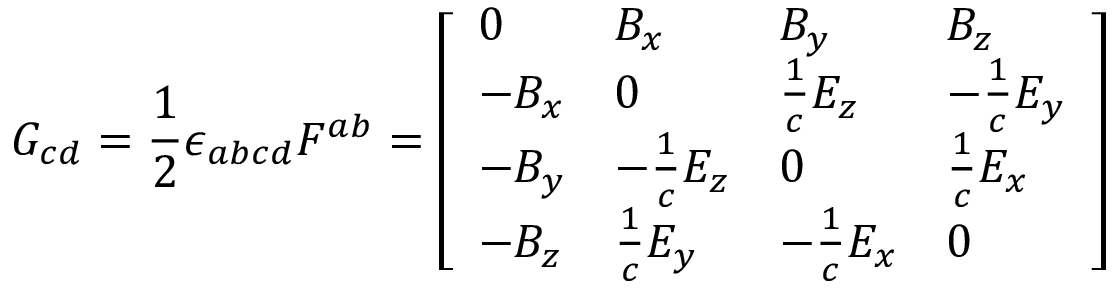
G _ { c d } = { \frac { 1 } { 2 } } \epsilon _ { a b c d } F ^ { a b } = { \left[ \begin{array} { l l l l } { 0 } & { B _ { x } } & { B _ { y } } & { B _ { z } } \\ { - B _ { x } } & { 0 } & { { \frac { 1 } { c } } E _ { z } } & { - { \frac { 1 } { c } } E _ { y } } \\ { - B _ { y } } & { - { \frac { 1 } { c } } E _ { z } } & { 0 } & { { \frac { 1 } { c } } E _ { x } } \\ { - B _ { z } } & { { \frac { 1 } { c } } E _ { y } } & { - { \frac { 1 } { c } } E _ { x } } & { 0 } \end{array} \right] }